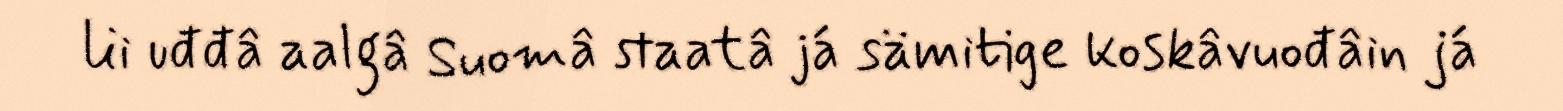
lii uđđâ aalgâ Suomâ staatâ já sämitige koskâvuođâin já